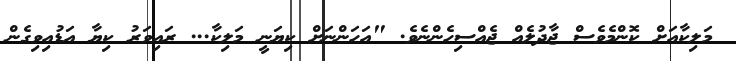
މަލިކާއަށް ކޮންމެވެސް ޖާދުލެއް ޖެއްސިހެންނެވެ. "އަހަންނަށް ކިޔަނީ މަލިކާ... ރައިވަރު ކިޔާ އަޑުއިވިގެން